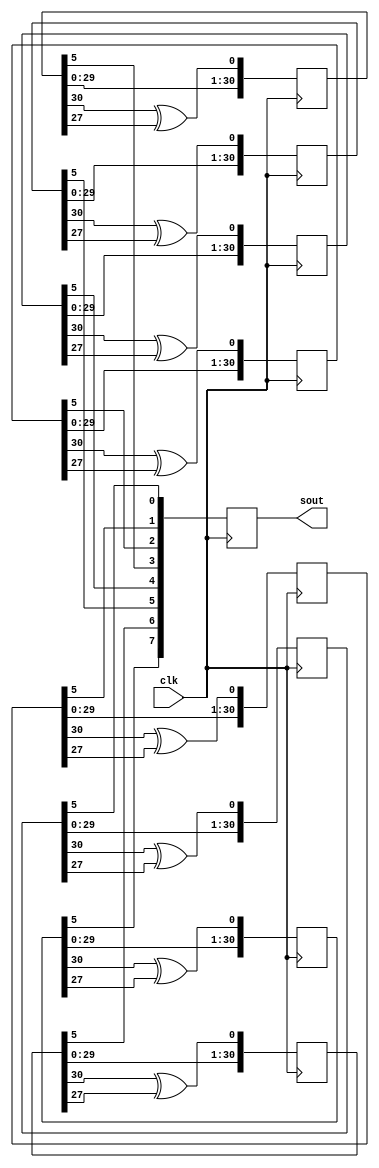
module rnd8(clk, sout);

input wire clk;
output reg [7:0] sout;

reg [31:0] d0;
reg [31:0] d1;
reg [31:0] d2;
reg [31:0] d3;
reg [31:0] d4;
reg [31:0] d5;
reg [31:0] d6;
reg [31:0] d7;

initial
begin
  sout <= 8'd0;
  d0 <= 31'b0011010100100100110010101110010;
  d1 <= 31'b0101010101010010101010010110010;
  d2 <= 31'b0101010010101010101010100101010;
  d3 <= 31'b0101010011001100101010110010101;
  d4 <= 31'b0101010010101010101011001010110;
  d5 <= 31'b1001001011001010100101101010100;
  d6 <= 31'b0101010100100110100101010101010;
  d7 <= 31'b0101010010101010110100101010101;
end

always @(posedge clk) begin 
	d0 <= { d0[30:0], d0[30] ^ d0[27] };
	d1 <= { d1[30:0], d1[30] ^ d1[27] };
	d2 <= { d2[30:0], d2[30] ^ d2[27] };
	d3 <= { d3[30:0], d3[30] ^ d3[27] };
	d4 <= { d4[30:0], d4[30] ^ d4[27] };
	d5 <= { d5[30:0], d5[30] ^ d5[27] };
	d6 <= { d6[30:0], d6[30] ^ d6[27] };
	d7 <= { d7[30:0], d7[30] ^ d7[27] };
	
	sout <= {d0[5:5],d1[5:5],d2[5:5],d3[5:5],d4[5:5],d5[5:5],d6[5:5],d7[5:5]};

end

endmodule